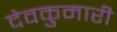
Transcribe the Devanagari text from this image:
देवकुमारी